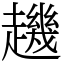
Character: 䟇